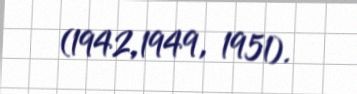
(1942,1949, 1951).